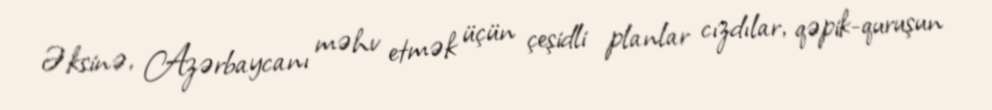
Əksinə, Azərbaycanı məhv etmək üçün çeşidli planlar cızdılar, qəpik-quruşun